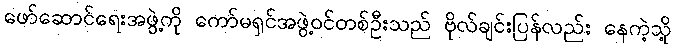
ဖော်ဆောင်ရေးအဖွဲ့ကို ကော်မရှင်အဖွဲ့ဝင်တစ်ဦးသည် ဗိုလ်ချင်းပြန်လည်း နေကဲ့သို့